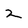
Character: 2